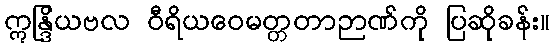
ဣန္ဒြိယဗလ ဝီရိယဝေမတ္တတာဉာဏ်ကို ပြဆိုခန်း။